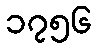
၁၇၅၆